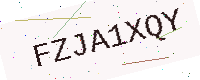
Text: FZJA1XQY